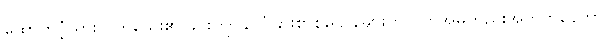
ထောက်ပံ့ထားလိုက်သေး၏ ခိုင်းကျွဲ နိုင်ငံခြားစာစစ်ဌာနများတွင် တအိမ်တည်းအတူတူနေတာ